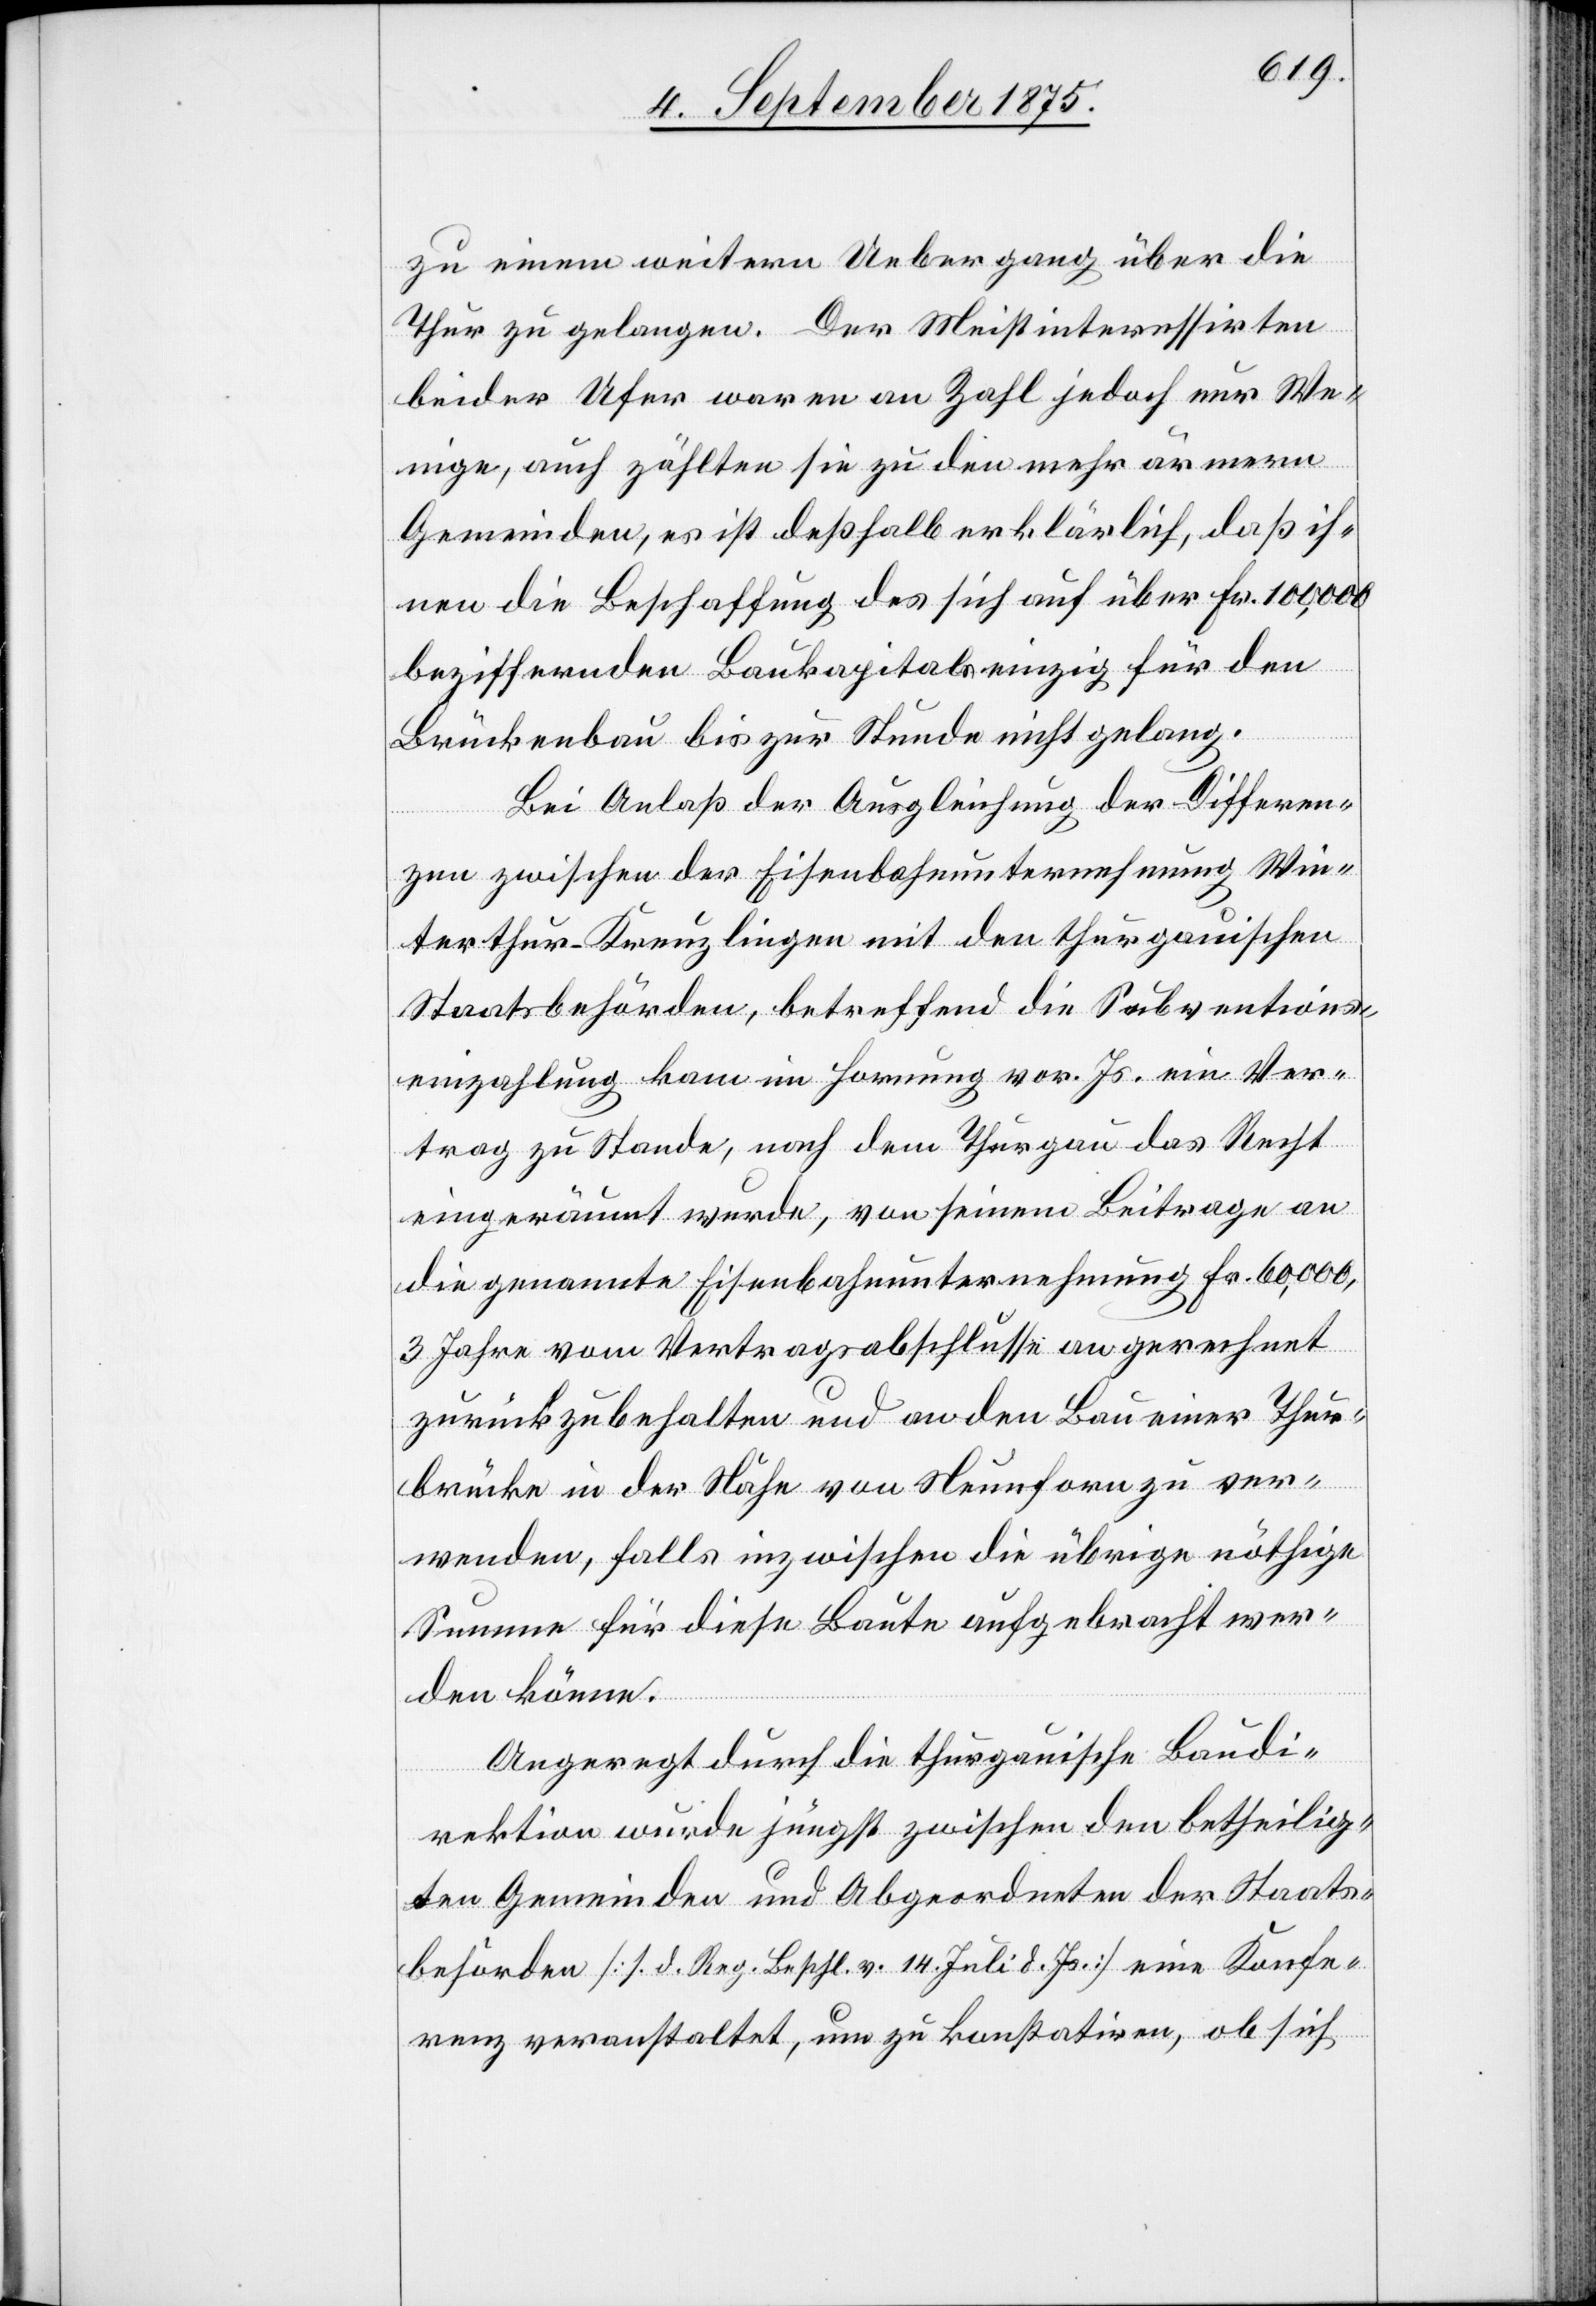
zu einem weitern Uebergang über die
Thur zu gelangen. Der Meistinteressirten
beider Ufer waren an Zahl jedoch nur We¬
nige, auch zählten sie zu den mehr ärmern
Gemeinden, es ist deßhalb erklärlich, daß ih¬
nen die Beschaffung des sich auf über Fr. 100,000
beziffernden Baukapitale einzig für den
Brückenbau bis zur Stunde nicht gelang.
Bei Anlaß der Ausgleichung der Differen¬
zen zwischen der Eisenbahnunternehmung Win¬
terthur-Kreuzlingen mit den thurgauischen
Staatsbehörden, betreffend die Subventions¬
einzahlung kam im Hornung vor. Js. ein Ver¬
trag zu Stande nach dem Thurgau das Recht
eingeräumt wurde, von seinem Beitrage an
die genannte Eisenbahnunternehmung Fr. 60,000,
3 Jahre vom Vertragsabschlusse angerechnet
zurückzubehalten und an den Bau einer Thur¬
brücke in der Nähe von Neunforn ver¬
wenden, falls inzwischen die übrige nöthige
Summe für diese Baute aufgebracht wer¬
den könne.
Angeregt durch die thurgauische Baudi¬
rektion wurde jüngst zwischen den betheilig¬
ten Gemeinden und Abgeordneten der Staats¬
behörden [s. d. Reg. Beschl. v. 14. Juli d. Js.] eine Konfe¬
renz veranstaltet um zu konstatiren, ob sich